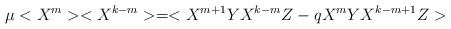
\begin{align*}\mu < X^m> <X^{k-m} > = < X^{m+1} Y X^{k-m} Z - q X^m Y X^{k-m+1} Z>\end{align*}